Report on the Nagpur School of Medicine, Central Provinces
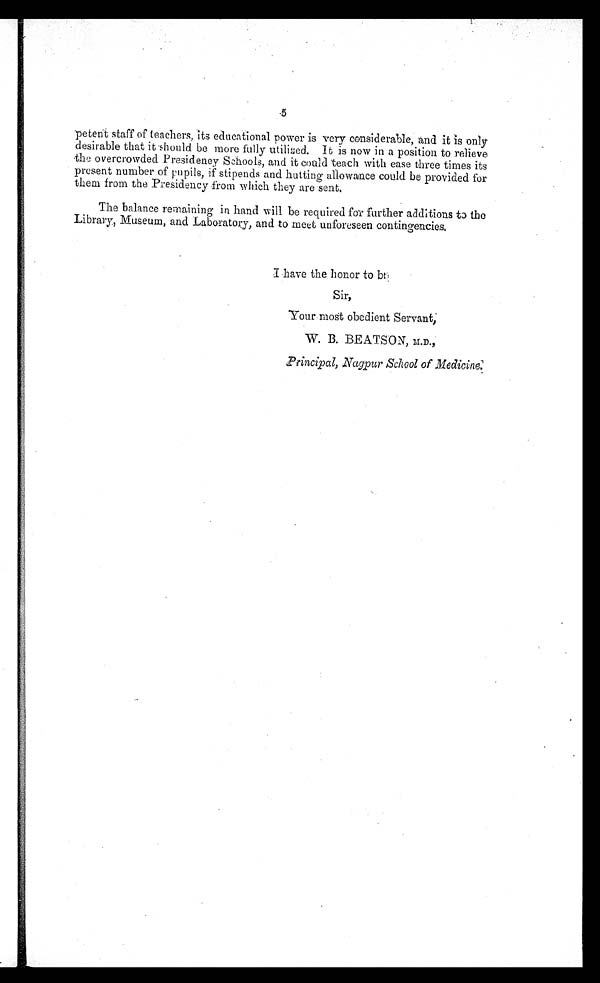
petent staff of teachers, its educational power is very considerable, and it is only
desirable that it should be more fully utilized. It is now in a position to relieve
the overcrowded Presidency Schools, and it could teach with ease three times its
present number of pupils, if stipends and hutting allowance could be provided for
them from the Presidency from which they are sent.
The balance remaining in hand will be required for further additions to the
Library, Museum, and Laboratory, and to meet unforeseen contingencies.
I have the honor to be,
Sir,
Your most obedient Servant,
W. B. BEATSON, M.D.,
Principal, Nagpur School of Medicine.